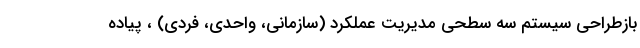
بازطراحی سیستم سه سطحی مدیریت عملکرد (سازمانی، واحدی، فردی) ، پیاده